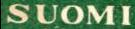
SUOMI